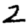
Digit: 2